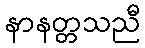
နာနတ္တသညီ